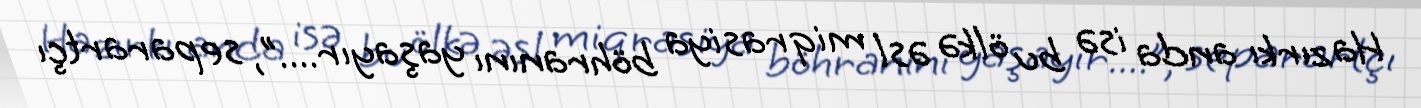
Hazırkı anda isə bu ölkə əsl miqrasiya böhranını yaşayır....”, separartçı